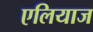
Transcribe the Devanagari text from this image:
एलियाज